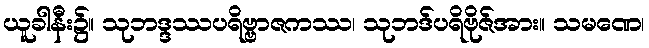
ယူခါနီး၌။ သုဘဒ္ဒဿပရိဗ္ဗာဇကဿ၊ သုဘဒ်ပရိဗိုဇ်အား။ သမဏေ၊